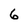
Character: 6